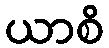
ယာစိ